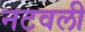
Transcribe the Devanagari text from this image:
नटवली